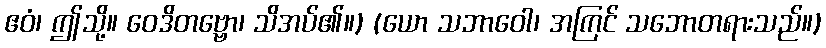
ဧဝံ၊ ဤသို့။ ဝေဒိတဗ္ဗော၊ သိအပ်၏။) (ယော သဘာဝေါ၊ အကြင် သဘောတရားသည်။)